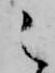
之